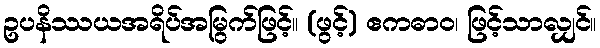
ဥပနိဿယအရိပ်အမြွက်ဖြင့်။ (ဖွင့်) ဧကဓာဝ၊ ဖြင့်သာလျှင်။